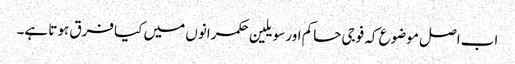
اب اصل موضوع کہ فوجی حاکم اور سویلین حکمرانوں میں کیا فرق ہوتا ہے۔